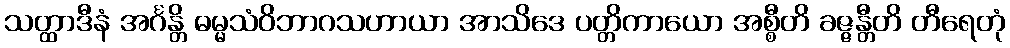
သတ္ထာဒီနံ အင်္ဂန္တိ ဓမ္မသံဝိဘာဂသဟာယာ အာသိဒေ ပတ္တိကာယော အစ္စီတိ ခဇ္ဇန္တီတိ တီရေတုံ